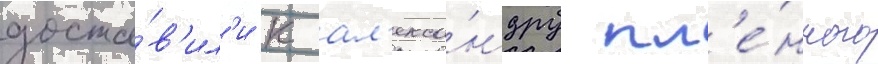
доста́в'ил'и к ал'екса́ндру пл'е́нного